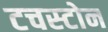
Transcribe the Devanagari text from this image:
टचस्‍टोन